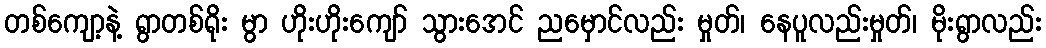
တစ်ကျော့နဲ့ ရွာတစ်ရိုး မွာ ဟိုးဟိုးကျော် သွားအေင် ညမှောင်လည်း မှုတ်၊ နေပူလည်းမှုတ်၊ မိုးရွာလည်း